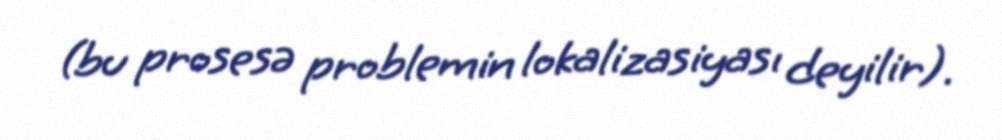
(bu prosesə problemin lokalizasiyası deyilir).